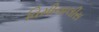
વિમીનાલીસ